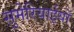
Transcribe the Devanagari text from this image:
सुमेरियाईयों